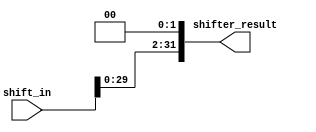
`timescale 1ns / 1ps
//////////////////////////////////////////////////////////////////////////////////
// Company: 
// Engineer: 
// 
// Design Name: 
// Module Name:    shifter 
// Project Name: 
// Target Devices: 
// Tool versions: 
// Description: 
//
// Dependencies: 
//
// Revision: 
// Revision 0.01 - File Created
// Additional Comments: 
//
//////////////////////////////////////////////////////////////////////////////////

module shifter(
    input [31:0] shift_in,
    output reg [31:0] shifter_result
    );

	always@(*)
		begin
			shifter_result <= shift_in << 2;
		end
endmodule